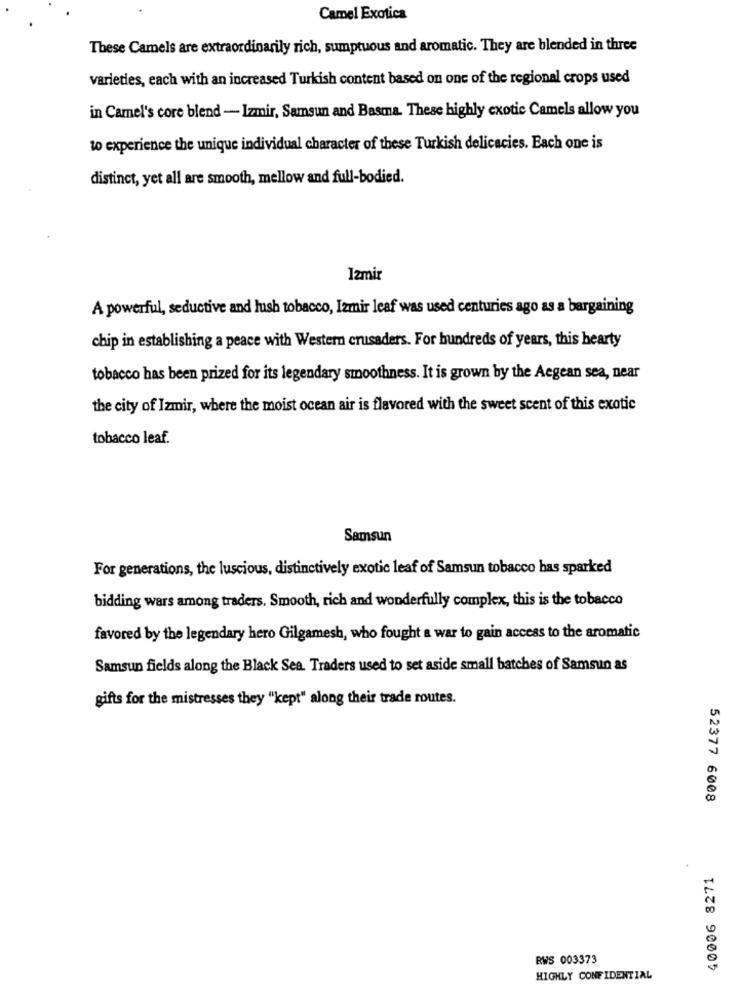
Camel Exotica
These Camels are extraordinarily rich, sumptuous and aromatic. They are blended in three
varieties, each with an increased Turkish content based on one of the regional crops used
in Camel's core blend - Izmir, Samsun and Basma. These highly exotic Camels allow you
to experience the unique individual character of these Turkish delicacies. Each one is
distinct, yet all are smooth, mellow and full-bodied.
Izmir
A powerful, seductive and lush tobacco, Izmir leaf was used centuries ago as a bargaining
chip in establishing a peace with Western crusaders. For hundreds of years, this hearty
tobacco has been prized for its legendary smoothness. It is grown by the Aegean sea, near
the city of Izmir, where the moist ocean air is flavored with the sweet scent of this exotic
tobacco leaf.
Samsun
For generations, the luscious, distinctively exotic leaf of Samsun tobacco has sparked
bidding wars among traders. Smooth, rich and wonderfully complex, this is the tobacco
favored by the legendary hero Gilgamesh, who fought a war to gain access to the aromatic
Samsun fields along the Black Sea. Traders used to set aside small batches of Samsun as
gifts for the mistresses they "kept" along their trade routes.
52377 6008
40006 8271
RWS 003373
HIGHLY CONFIDENTIAL